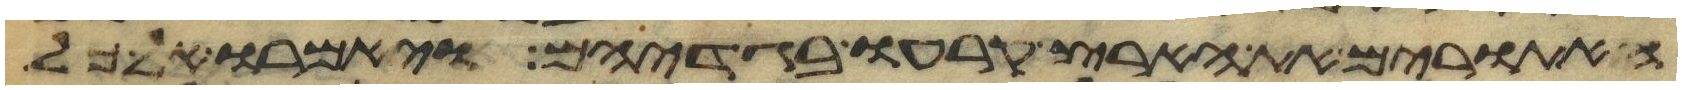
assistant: האתורים את הארץ קרעו בגדיהם ויאמרו אל כל